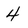
Character: 4